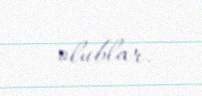
olublar.